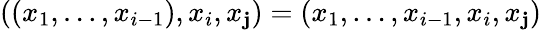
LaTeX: ((x_{1},\dots,x_{i-1}),x_{i},x_{\mathbf{j}})=(x_{1},\dots,x_{i-1},x_{i},x_{\mathbf{j}})